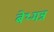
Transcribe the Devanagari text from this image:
बेथ्मन्न